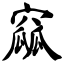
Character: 窳